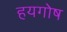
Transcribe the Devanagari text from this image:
हयगोष